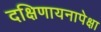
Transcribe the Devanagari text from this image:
दक्षिणायनापेक्षा